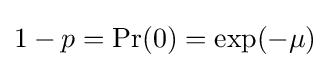
1-p=\Pr(0)=\exp(-\mu )